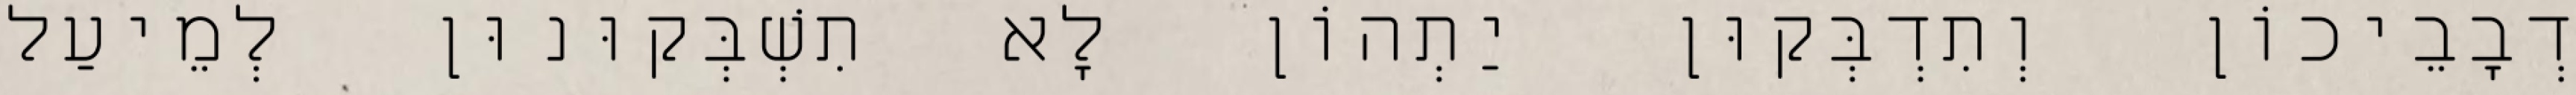
דְבָבֵיכוֹן וְתִדְבְּקוּן יַתְהוֹן לָא תִשְׁבְּקוּנוּן לְמֵיעַל